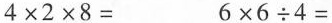
$$4\times2\times8=$$ $$6\times6\div4=$$